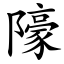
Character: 䧫